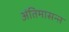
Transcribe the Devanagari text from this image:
अंतिमासन्ऩ